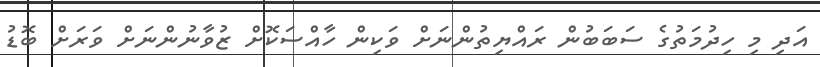
އަދި މި ހިދުމަތުގެ ސަބަބުން ރައްޔިތުންނަށް ވަކިން ހާއްސަކޮށް ޒުވާނުންނަށް ވަރަށް ބޮޑު